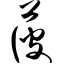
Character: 菠